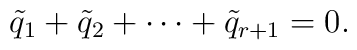
\tilde{q}_1+\tilde{q}_2+\cdots+\tilde{q}_{r+1}=0.